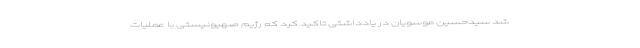
شد سیدحسین موسویان در یادداشتی تاکید کرد که رژیم صهیونیستی با عملیات